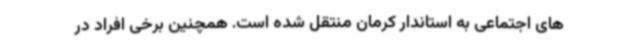
های اجتماعی به استاندار کرمان منتقل شده است. همچنین برخی افراد در